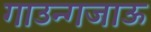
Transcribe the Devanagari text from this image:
गाउन्गजाऊ